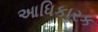
આધિકારક